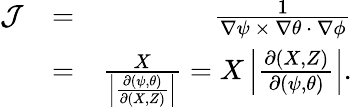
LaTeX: \begin{array}{rlr}{{\cal J}}&{=}&{\frac{1}{{\mathbf\nabla}\psi~{\mathbf\times}~{\mathbf\nabla}\theta~{\mathbf\cdot}~{\mathbf\nabla}\phi}}\\ &{=}&{\frac{X}{\left|\frac{\partial(\psi,\theta)}{\partial(X,Z)}\right|}=X\left|\frac{\partial(X,Z)}{\partial(\psi,\theta)}\right|.}\end{array}